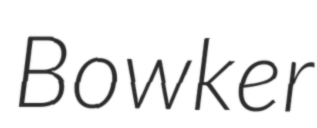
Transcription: Bowker